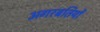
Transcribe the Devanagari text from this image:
अगरबतियों